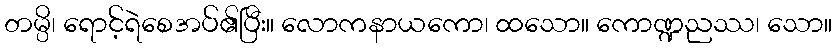
တမ္ပိ၊ ရောင့်ရဲစေအပ်၏ပြီး။ လောကနာယကော၊ ထသော။ ကောဏ္ဍညဿ၊ သော။